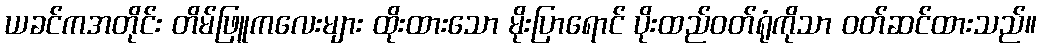
ယခင်ကအတိုင်း တိမ်ဖြူကလေးများ ထိုးထားသော မိုးပြာရောင် ပိုးထည်ဝတ်ရုံကိုသာ ဝတ်ဆင်ထားသည်။